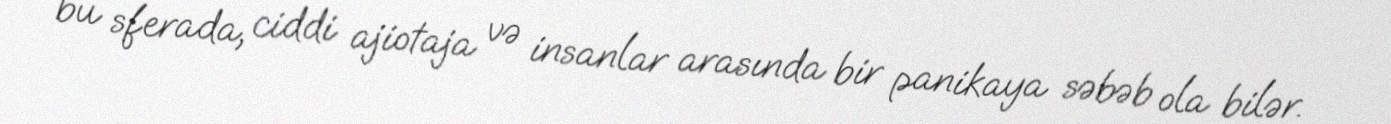
bu sferada, ciddi ajiotaja və insanlar arasında bir panikaya səbəb ola bilər.